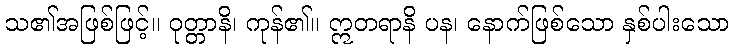
သ၏အဖြစ်ဖြင့်။ ဝုတ္တာနိ၊ ကုန်၏။ ဣတရာနိ ပန၊ နောက်ဖြစ်သော နှစ်ပါးသော